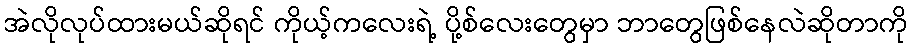
အဲလိုလုပ်ထားမယ်ဆိုရင် ကိုယ့်ကလေးရဲ့ ပို့စ်လေးတွေမှာ ဘာတွေဖြစ်နေလဲဆိုတာကို